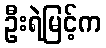
ဦးရဲမြင့်က